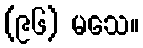
(၉၆) မသေ။